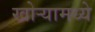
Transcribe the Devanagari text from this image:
खोऱ्यामध्ये